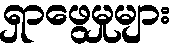
ရှာဖွေမှုများ